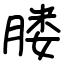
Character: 𦝼